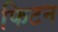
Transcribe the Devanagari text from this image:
फिटन